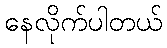
နေလိုက်ပါတယ်